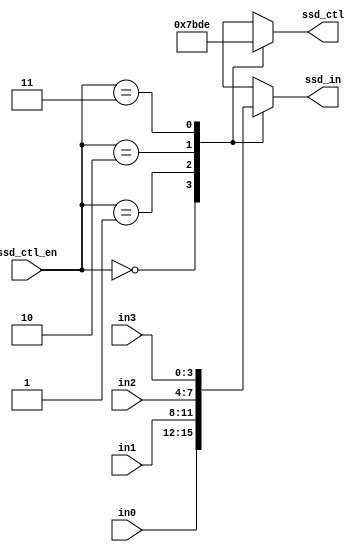
`timescale 1ns / 1ps
//////////////////////////////////////////////////////////////////////////////////
// Company: 
// Engineer: 
// 
// Design Name: 
// Module Name: ssd_ctl
// Project Name: 
// Target Devices: 
// Tool Versions: 
// Description: 
// 
// Dependencies: 
// 
// Revision:
// Revision 0.01 - File Created
// Additional Comments:
// 
//////////////////////////////////////////////////////////////////////////////////

module scan_ctl(
    ssd_ctl,    //ssd display control signal
    ssd_in,     //output to ssd display
    in0,        //1st input
    in1,        //2nd input
    in2,        //3rd input
    in3,        //4th input
    ssd_ctl_en  //divided clock for scan control
);

output [3:0] ssd_in;
output [3:0] ssd_ctl;
input [3:0] in0, in1, in2, in3;
input [1:0] ssd_ctl_en;
reg [3:0] ssd_in;
reg [3:0] ssd_ctl;

always @*
    case (ssd_ctl_en)
    2'b00:
    begin
        ssd_ctl = 4'b0111;
        ssd_in = in0;
    end
    2'b01:
    begin
        ssd_ctl = 4'b1011;
        ssd_in = in1;
    end
    2'b10:
    begin
        ssd_ctl = 4'b1101;
        ssd_in = in2;
    end
    2'b11:
    begin
        ssd_ctl = 4'b1110;
        ssd_in = in3;
    end
    default:
    begin
        ssd_ctl = 4'b0000;
        ssd_in = in0;
    end
    endcase
endmodule